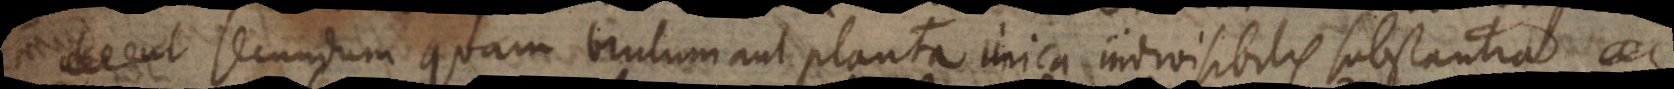
e secundum quam brutum aut planta unica indivisibilis substantia